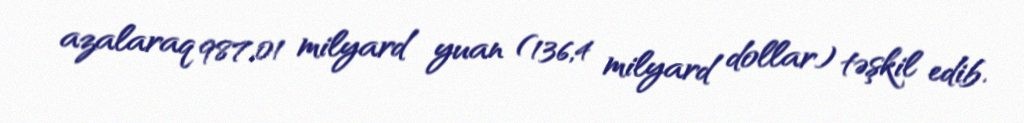
azalaraq 987,01 milyard yuan (136,4 milyard dollar) təşkil edib.